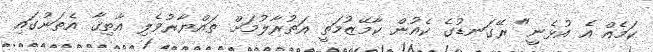
ކަމެއް އެ އުޅެނީ" ރޭގަނޑުގެ ކެއުން ކާމޭޒުމަތީ އަތުރާލުމަށް ތައްޔާރުވެލި އާތިޤާ އެތަނުގައި